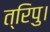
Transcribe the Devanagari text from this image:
त्रिपु।